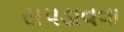
સપડાવવા